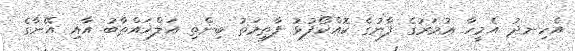
އެހިނދު އެމީހާ ޢުމަރުގެ ފާނުގެ ކޮއްކޯފުޅު ފާޠިމަތު ބިންތި އަލްޚައްޠާބު އާއި އޭނާގެ